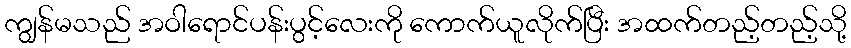
ကျွန်မသည် အဝါရောင်ပန်းပွင့်လေးကို ကောက်ယူလိုက်ပြီး အထက်တည့်တည့်သို့